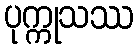
ပုက္ကုသဿ